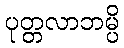
ပုတ္တလာဘမ္ပိ